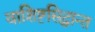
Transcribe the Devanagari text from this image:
वाशिष्टसिद्धान्त